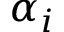
\alpha _ { i }